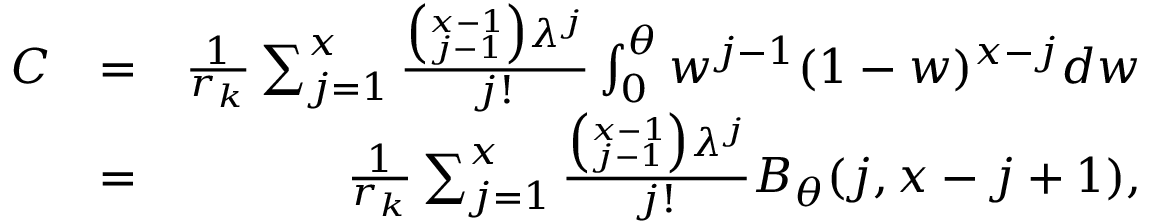
\begin{array} { r l r } { C } & { = } & { \frac { 1 } { r _ { k } } \sum _ { j = 1 } ^ { x } \frac { \binom { x - 1 } { j - 1 } \lambda ^ { j } } { j ! } \int _ { 0 } ^ { \theta } w ^ { j - 1 } ( 1 - w ) ^ { x - j } d w } \\ & { = } & { \frac { 1 } { r _ { k } } \sum _ { j = 1 } ^ { x } \frac { \binom { x - 1 } { j - 1 } \lambda ^ { j } } { j ! } B _ { \theta } ( j , x - j + 1 ) , } \end{array}